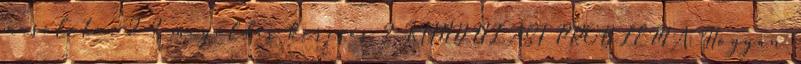
másolata: 2 ? megoldás keresés ? KIINDULÁSI PROBLÉMA: Hogyan